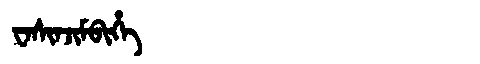
Manchu: ᠸᠠᠰᡳᠨᠵᡳᠮᠪᡳᡥᡝ
Romanization: WASINJIMBIHE